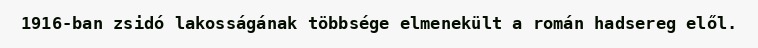
1916-ban zsidó lakosságának többsége elmenekült a román hadsereg elől.